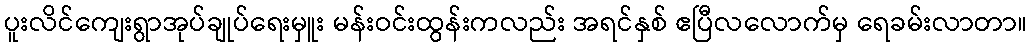
ပူးလိင်ကျေးရွာအုပ်ချုပ်ရေးမှူး မန်းဝင်းထွန်းကလည်း အရင်နှစ် ဧပြီလလောက်မှ ရေခမ်းလာတာ။